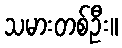
သမားတစ်ဦး။